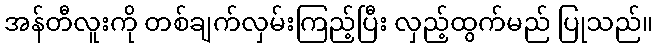
အန်တီလူးကို တစ်ချက်လှမ်းကြည့်ပြီး လှည့်ထွက်မည် ပြုသည်။